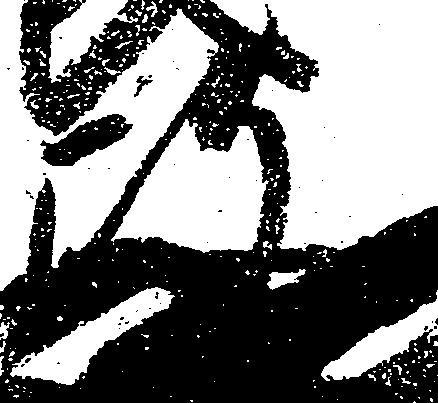
政